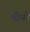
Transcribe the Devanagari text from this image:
भीमो